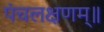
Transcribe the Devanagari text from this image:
पंचलक्षणम्‌॥